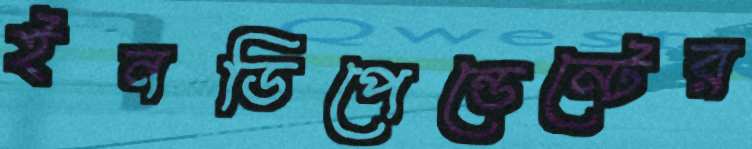
ইনডিপেন্ডেন্টের